Medical and sanitary report on the native army of Bombay for the year
Year: 1879
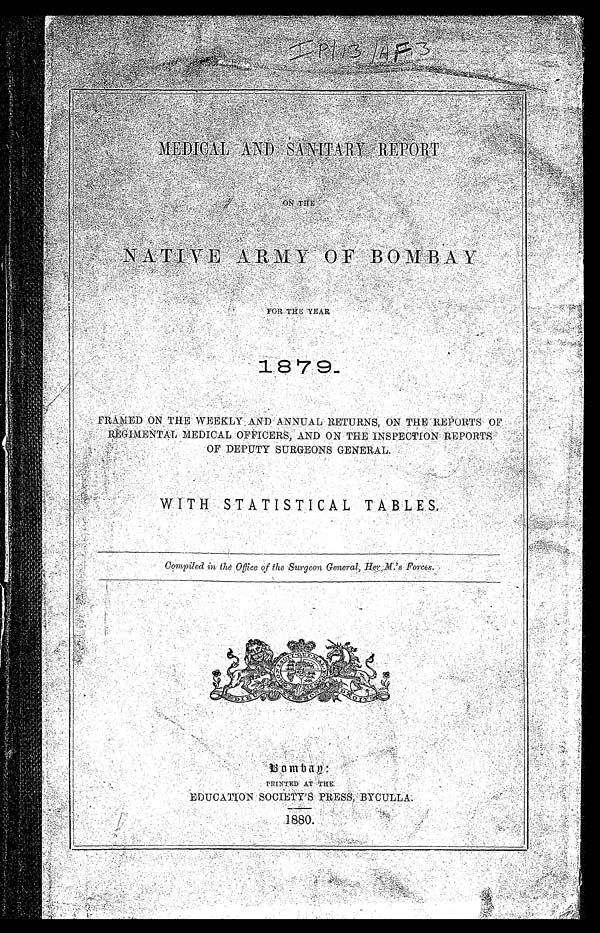
IP/13/AF3 MEDICAL AND SANITARY REPORT
ON THE
NATIVE ARMY OF BOMBAY
FOR THE YEAR
1879. FRAMED ON THE WEEKLY AND ANNUAL RETURNS, ON THE REPORTS OF REGIMENTAL MEDICAL OFFICERS, AND ON THE INSPECTION REPORTS OF DEPUTY SURGEONS GENERAL.
WITH STATISTICAL TABLES.
Compiled in the office of the Surgeon General, Her M.'s Forces.
B o m b a y :
P R I N T E D A T T H E
EDUCATION SOCIETY'S PRESS, BYCULLA
.
1 8 8 0 .